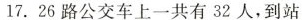
17.26路公交车上一共有32人，到站